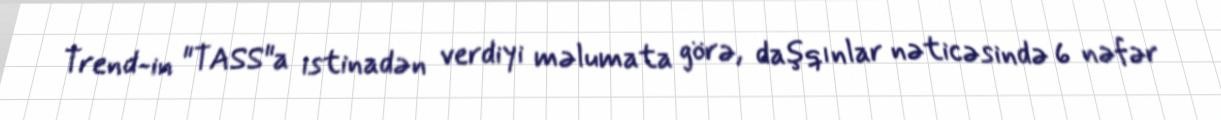
Trend-in "TASS"a istinadən verdiyi məlumata görə, daşqınlar nəticəsində 6 nəfər